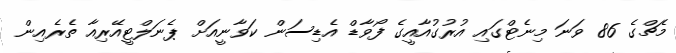
މެޗްގެ 86 ވަނަ މިނެޓްގައި އުރުގުއާއީގެ ފޯވާޑް އެޑިސަން ކަވާނީއަށް ޕެނަލްޓީއޭރިއާ ތެރެއިން